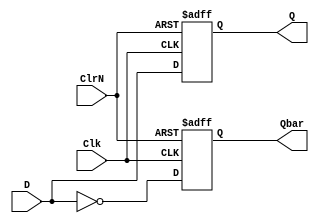
/*  D
   copyright 2012 (pika1021@gmail.com)
   */
`ifndef DFLIPFLOPPOSCLKNEGRST_V
	`define DFLIPFLOPPOSCLKNEGRST_V
	`timescale 1ns / 100ps
	module dFlipFlopPosClkNegRst(Q, Qbar, D, Clk, ClrN);
		input D, Clk, ClrN;
		output reg Q, Qbar;
		
		always @(posedge Clk or negedge ClrN)
		begin
			if(~ClrN) begin
				Q <= 0; 
				Qbar <= 1;
			end else begin
				Q <= D; 
				Qbar <= ~D;
			end
		end
	endmodule
`endif